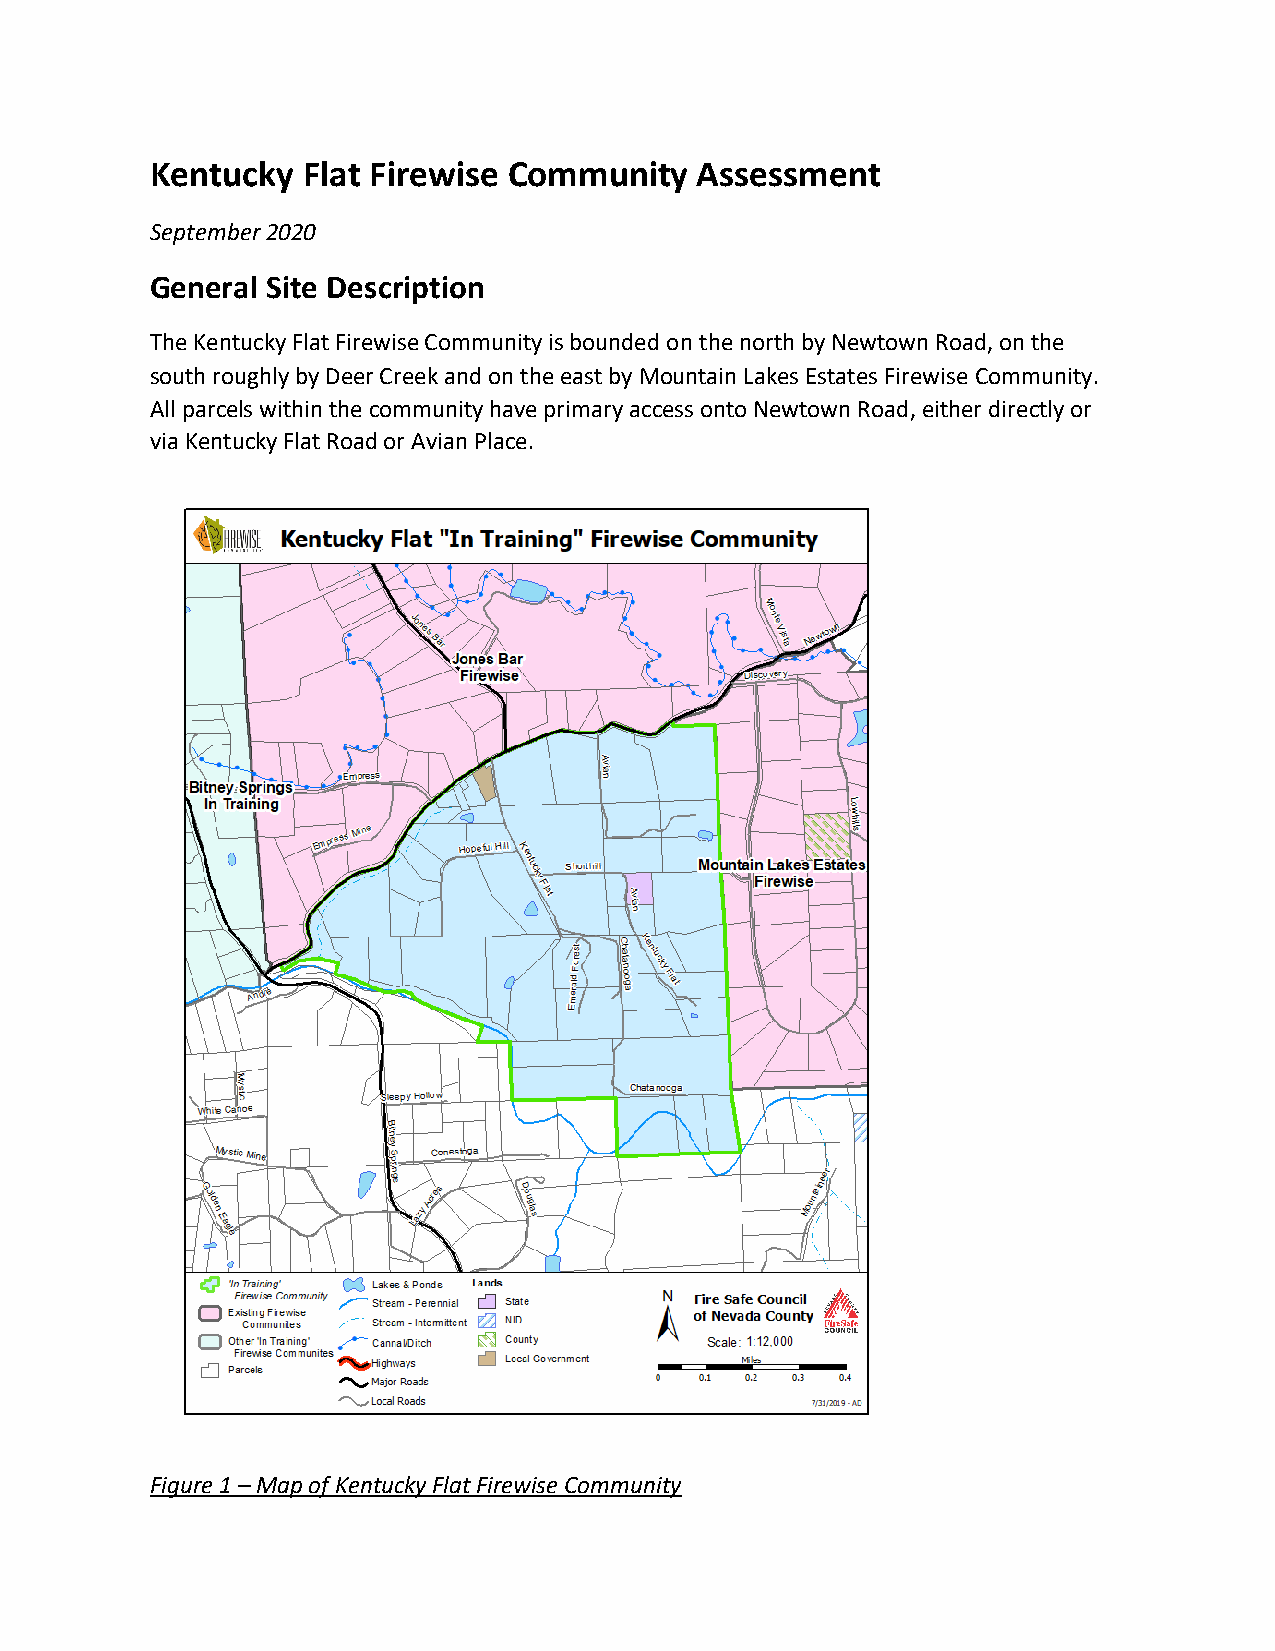
Kentucky  Flat Firewise Community   Assessment
 September 2020
 General Site Description
 The Kentucky Flat Firewise Community is bounded on the north by Newtown Road, on the
 south roughly by Deer Creek and on the east by Mountain Lakes Estates Firewise Community.
 All parcels within the community have primary access onto Newtown Road, either directly or
 via Kentucky Flat Road or Avian Place.
 Figure 1 – Map of Kentucky Flat Firewise Community